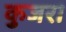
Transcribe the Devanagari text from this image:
कुजरा